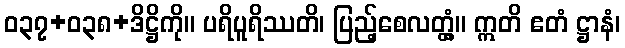
ဝ၃၇+၀၃၈+ဒိဋ္ဌိကို။ ပရိပူရိဿတိ၊ ပြည့်စေလတ္တံ့။ ဣတိ ဧတံ ဋ္ဌာနံ၊